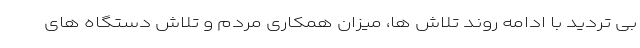
بی تردید با ادامه روند تلاش ها، میزان همکاری مردم و تلاش دستگاه های